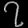
Digit: ၇